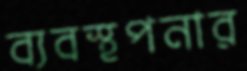
ব্যবস্থপনার